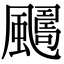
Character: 𩘿